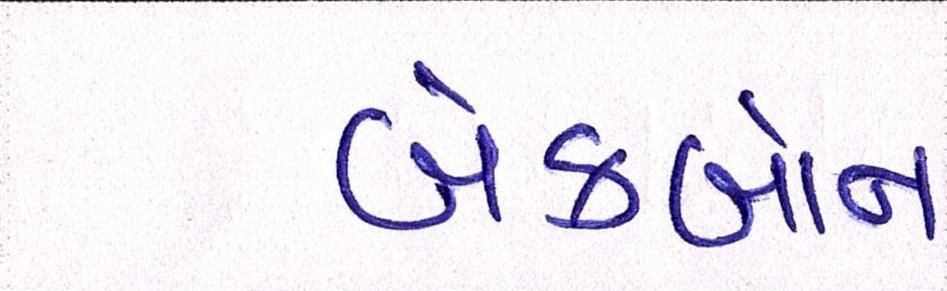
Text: બેકબોન